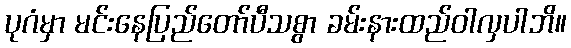
ပုဂံမှာ မင်းနေပြည်တော်ပီသစွာ ခမ်းနားထည်ဝါလှပါဘိ။